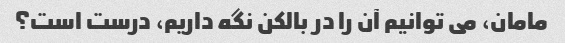
مامان، می توانیم آن را در بالکن نگه داریم، درست است؟